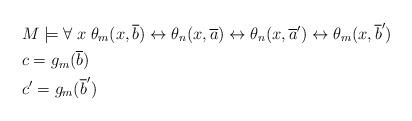
LaTeX: \begin{align*}& M\models \forall \; x \; \theta_{m}(x, \overline{b})\leftrightarrow \theta_{n}(x, \overline{a}) \leftrightarrow \theta_{n}(x, \overline{a}^{\prime})\leftrightarrow \theta_{m}(x, \overline{b}^{\prime}) \\& c=g_{m}(\overline{b}) \\& c^{\prime} = g_{m}(\overline{b}^{\prime}) \end{align*}